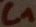
Text: C1